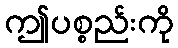
ဤပစ္စည်းကို